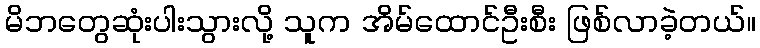
မိဘတွေဆုံးပါးသွားလို့ သူက အိမ်ထောင်ဦးစီး ဖြစ်လာခဲ့တယ်။